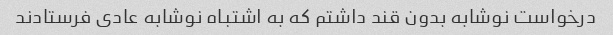
درخواست نوشابه بدون قند داشتم که به اشتباه نوشابه عادی فرستادند